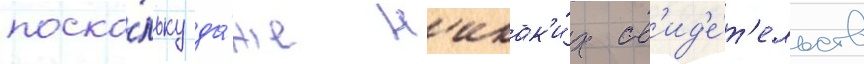
поско́льку да́же н'икак'и́х св'ид'е́т'ельств